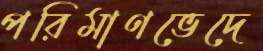
পরিমাণভেদে